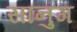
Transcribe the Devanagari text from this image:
सानुग